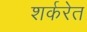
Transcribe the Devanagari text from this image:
शर्करेत